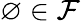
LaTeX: \varnothing\in{\mathcal{F}}